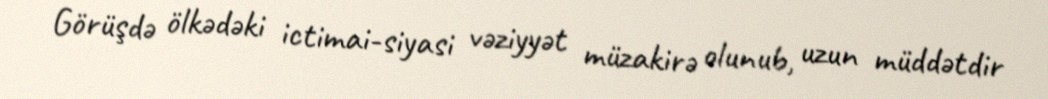
Görüşdə ölkədəki ictimai-siyasi vəziyyət müzakirə olunub, uzun müddətdir